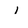
Character: l